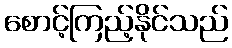
စောင့်ကြည့်နိုင်သည်